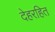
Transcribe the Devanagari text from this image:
देहरहित